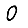
Digit: 0